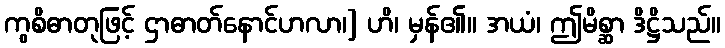
ကွစိဓာတုဖြင့် ဌာဓာတ်နောင်ဟလာ၊] ဟိ၊ မှန်၏။ အယံ၊ ဤမိစ္ဆာ ဒိဋ္ဌိသည်။